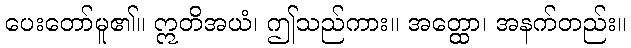
ပေးတော်မူ၏။ ဣတိအယံ၊ ဤသည်ကား။ အတ္ထော၊ အနက်တည်း။